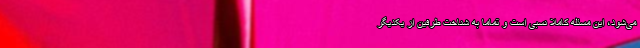
می‌شود، این مسئله کاملا نسبی است و تماما به شناخت طرفین از یکدیگر